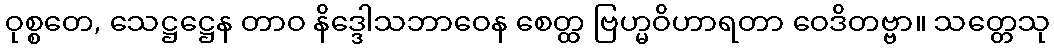
ဝုစ္စတေ, သေဋ္ဌဋ္ဌေန တာဝ နိဒ္ဒေါသဘာဝေန စေတ္ထ ဗြဟ္မဝိဟာရတာ ဝေဒိတဗ္ဗာ။ သတ္တေသု